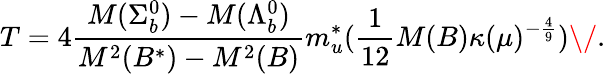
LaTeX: T=4\frac{M(\Sigma_{b}^{0})-M(\Lambda_{b}^{0})}{M^{2}(B^{*})-M^{2}(B)}m_{u}^{*}(\frac{1}{12}M(B)\kappa(\mu)^{-\frac{4}{9}})\/ .